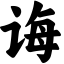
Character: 诲